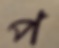
প